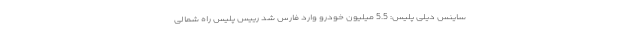
ساینس دیلی پلیس: 5.5 میلیون خودرو وارد فارس شد رییس پلیس راه شمالی